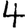
Digit: 4